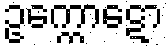
ဥက္ကောဋော